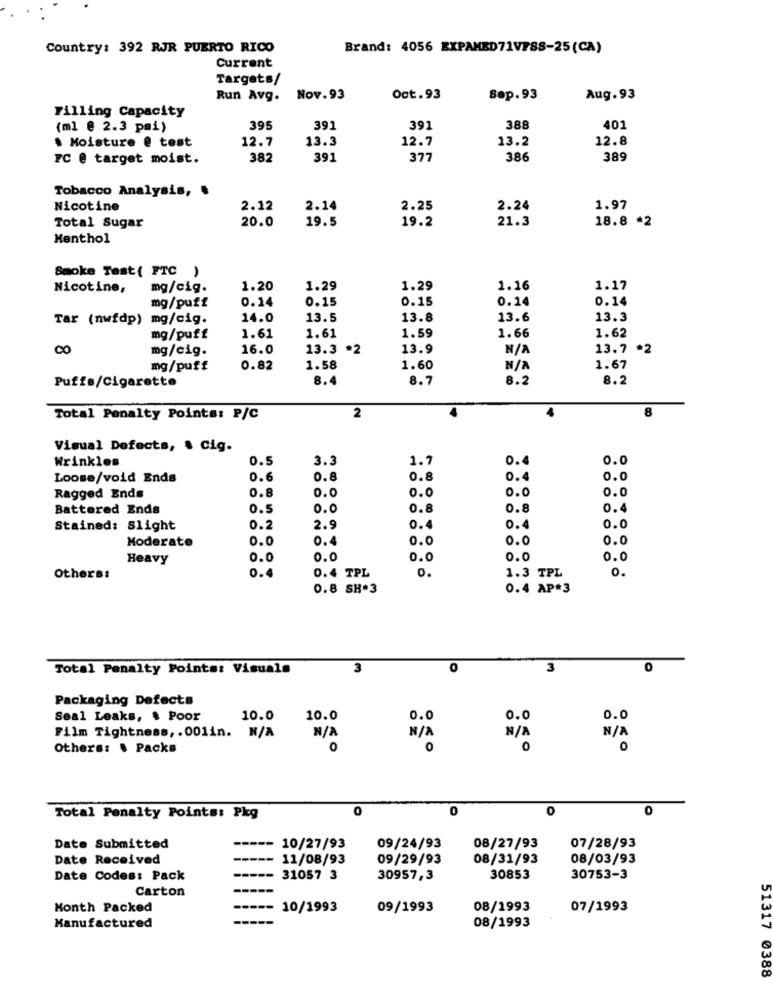
Country: 392 RJR PUERTO RICO
Brand: 4056 EXPAMED71VISS-25(CA)
Current
Targets/
Run Avg. Nov.93
Oct.93
Sep.93
Aug.93
Filling Capacity
(ml @ 2.3 pmi)
395
391
391
388
401
$ Moisture @ test
12.7
13.3
12.7
13.2
12.8
FC @ target moist.
382
391
377
386
389
Tobacco Analysis, .
Nicotine
2.12
2.14
2.25
2.24
1.97
20.0
19.5
19.2
21.3
Total Sugar
18.8 *2
Menthol
Smoke Test( FTC )
Nicotine,
mg/cig.
1.20
1.29
1.29
1.16
1.17
mg/puff
0.14
0.15
0.15
0.14
0.14
Tar (nwfdp) mg/cig.
14.0
13.5
13.8
13.6
13.3
1.61
1.59
1.66
1.62
mg/puff
1.61
CO
mg/cig.
16.0
13.3
*2
13.9
13.7
*2
mg/puff
0.82
1.58
1.60
1.67
8.4
8.7
8.2
8.2
Puffe/Cigarette
2
8
Total Penalty Points: P/C
Visual Defects, & Cig.
Wrinkles
0.5
3.3
1.7
0.4
0.0
Loose/void Ends
0.6
0.8
0.8
0.4
0.0
0.8
0.0
0.0
0.0
0.0
Ragged Ends
Battered Ends
0.5
0.0
0.8
0.8
O.
Stained: Slight
0.2
2.9
0.4
0.4
0.0
Moderate
0.0
0.4
0.0
0.0
0.0
Heavy
0.0
0.0
0.0
0.0
0.0
0.
1.3 TPL
0.
Others:
0.4
0.4 TPL
0.8 SH*3
0.4 AP*3
Total Penalty Points: Visuals
3
0
3
0
Packaging Defects
Seal Leaks, $ Poor
10.0
10.0
0.0
0.0
0.0
N/
N/
Film Tightness, . 001in. N/A
Others: . Packs
0
0
0
0
0
0
0
0
Total Penalty Points: Pkg
Date Submitted
10/27/93
09/24/93
08/27/93
07/28/93
Date Received
11/08/93
09/29/93
08/31/93
08/03/93
Date Codes: Pack
31057 3
30957,3
30853
30753-3
Carton
Month Packed
10/1993
09/1993
08/1993
07/1993
Manufactured
08/1993
51317 0388